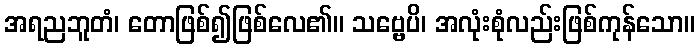
အရညဘူတံ၊ တောဖြစ်၍ဖြစ်လေ၏။ သဗ္ဗေပိ၊ အလုံးစုံလည်းဖြစ်ကုန်သော။